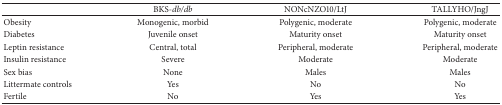
<table><thead><tr><td><b> </b></td><td><b>BKS-<i>db/db </i></b></td><td><b>NONcNZO10/LtJ</b></td><td><b>TALLYHO/JngJ</b></td></tr></thead><tbody><tr><td>Obesity</td><td>Monogenic, morbid</td><td>Polygenic, moderate</td><td>Polygenic, moderate</td></tr><tr><td>Diabetes</td><td>Juvenile onset</td><td>Maturity onset</td><td>Maturity onset</td></tr><tr><td>Leptin resistance</td><td>Central, total</td><td>Peripheral, moderate</td><td>Peripheral, moderate</td></tr><tr><td>Insulin resistance</td><td>Severe</td><td>Moderate</td><td>Moderate</td></tr><tr><td>Sex bias</td><td>None</td><td>Males</td><td>Males</td></tr><tr><td>Littermate controls</td><td>Yes</td><td>No</td><td>No</td></tr><tr><td>Fertile</td><td>No</td><td>Yes</td><td>Yes</td></tr></tbody></table>